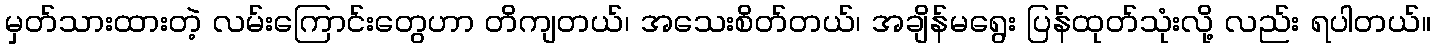
မှတ်သားထားတဲ့ လမ်းကြောင်းတွေဟာ တိကျတယ်၊ အသေးစိတ်တယ်၊ အချိန်မရွေး ပြန်ထုတ်သုံးလို့ လည်း ရပါတယ်။